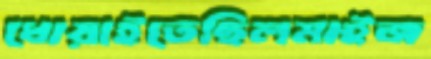
ধোয়াইতেছিলমাইজ